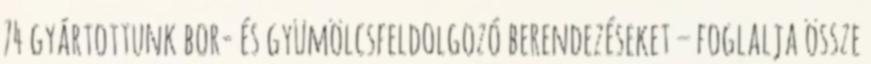
74 gyártottunk bor- és gyümölcsfeldolgozó berendezéseket – foglalja össze